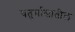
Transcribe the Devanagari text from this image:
चतुर्मासातील